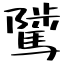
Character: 騭